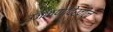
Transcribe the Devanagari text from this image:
उजळणीदेखील